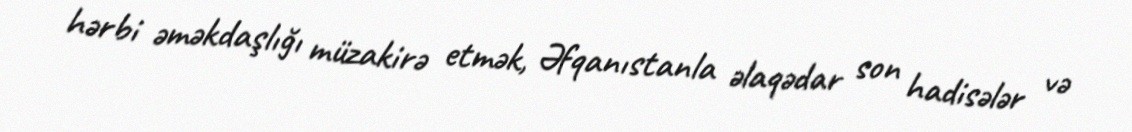
hərbi əməkdaşlığı müzakirə etmək, Əfqanıstanla əlaqədar son hadisələr və